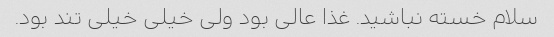
سلام خسته نباشید. غذا عالی بود ولی خیلی خیلی تند بود.